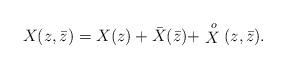
LaTeX: \begin{align*}X(z,\bar{z})=X(z) + \bar{X}(\bar{z}) +\stackrel{\, o}{X}(z,\bar{z}) .\end{align*}